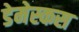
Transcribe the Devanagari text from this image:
डेमेस्कस